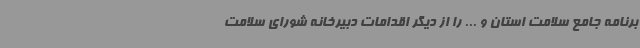
برنامه جامع سلامت استان و ... را از دیگر اقدامات دبیرخانه شورای سلامت